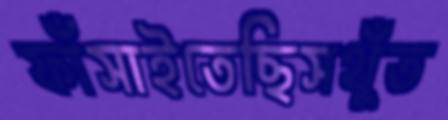
ফাঁসাইতেছিসথুঁত